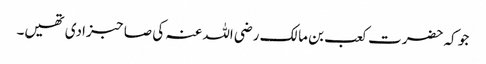
جو کہ حضرت کعب بن مالک رضی اللہ عنہ کی صاحبزادی تھیں۔